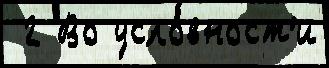
 2 Во усло́вност'и